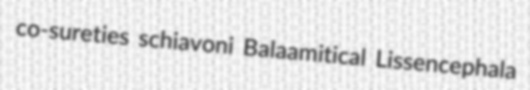
co-sureties schiavoni Balaamitical Lissencephala